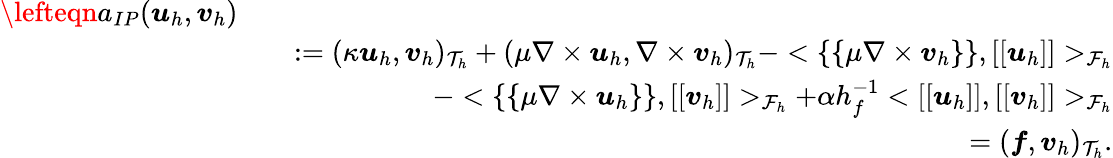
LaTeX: \begin{array}{rlr}{\lefteqn{a_{IP}(\boldsymbol{u}_{h},\boldsymbol{v}_{h})}}\\ &{}&{:=(\kappa\boldsymbol{u}_{h},\boldsymbol{v}_{h})_{\mathcal{T}_{h}}+(\mu\nabla\times\boldsymbol{u}_{h},\nabla\times\boldsymbol{v}_{h})_{\mathcal{T}_{h}}-<\{ \{ \mu\nabla\times\boldsymbol{v}_{h}\} \} ,[[\boldsymbol{u}_{h}]]>_{\mathcal{F}_{h}}}\\ &{}&{\quad-<\{ \{ \mu\nabla\times\boldsymbol{u}_{h}\} \} ,[[\boldsymbol{v}_{h}]]>_{\mathcal{F}_{h}}+\alpha h_{f}^{-1}<[[\boldsymbol{u}_{h}]],[[\boldsymbol{v}_{h}]]>_{\mathcal{F}_{h}}}\\ &{}&{=(\boldsymbol{f},\boldsymbol{v}_{h})_{\mathcal{T}_{h}}.}\end{array}